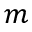
m